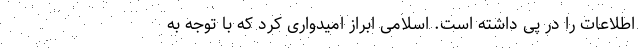
اطلاعات را در پی داشته است. اسلامی ابراز امیدواری کرد که با توجه به